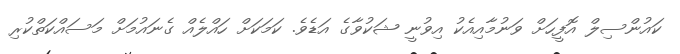
ކައުންސިލް އޮފީހަށް ވަނުމާއިއެކު އިވުނީ ޝަކުވާގެ އަޑެވެ. ކަމަކަށް ހައްލެއް ގެނައުމަށް މަސައްކަތްކުރި